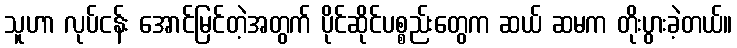
သူဟာ လုပ်ငန်း အောင်မြင်တဲ့အတွက် ပိုင်ဆိုင်ပစ္စည်းတွေက ဆယ် ဆမက တိုးပွားခဲ့တယ်။